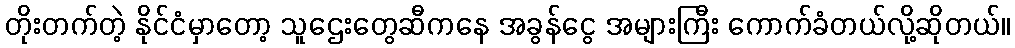
တိုးတက်တဲ့ နိုင်ငံမှာတော့ သူဌေးတွေဆီကနေ အခွန်ငွေ အများကြီး ကောက်ခံတယ်လို့ဆိုတယ်။